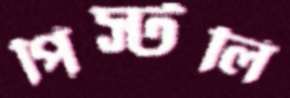
পিস্টলি